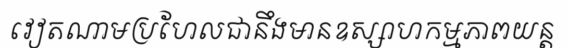
វៀតណាមប្រហែលជានឹងមានឧស្សាហកម្មភាពយន្ត